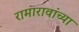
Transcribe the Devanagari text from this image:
रामारावांच्या